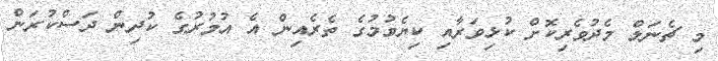
މި ޗެނަލް މެދުވެރިކޮށް ކުޅިވަރާއި ކިޔެވުމުގެ ތެރެއިން އެ އުމުރުގެ ކުދިން ދަސްކުރަން